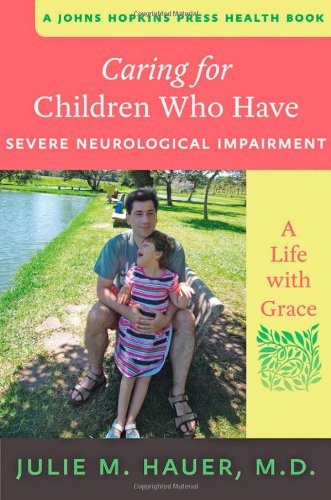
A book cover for Caring for Children Who Have Severe Neurological Impairment: A Life with Grace (A Johns Hopkins Press Health Book); Julie M. Hauer; Medical Books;